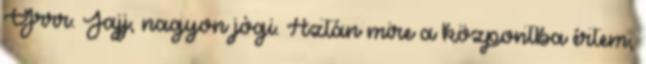
Grrr. Jajj, nagyon jógi. Aztán mire a központba értem,